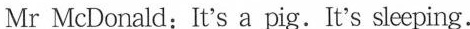
Mr McDonald:It's a pig.It's sleeping.